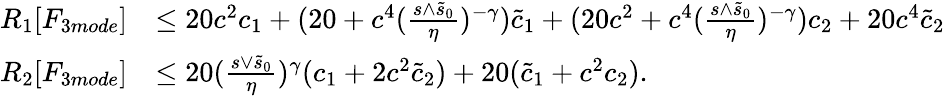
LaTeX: \begin{array}{rl}{R_{1}[F_{3mode}]}&{\le 20c^{2}c_{1}+(20+c^{4}(\frac{s\wedge\tilde{s}_{0}}\eta)^{-\gamma})\tilde{c}_{1}+(20c^{2}+c^{4}(\frac{s\wedge\tilde{s}_{0}}\eta)^{-\gamma})c_{2}+20c^{4}\tilde{c}_{2}}\\ {R_{2}[F_{3mode}]}&{\le 20(\frac{s\vee\tilde{s}_{0}}\eta)^{\gamma}(c_{1}+2c^{2}\tilde{c}_{2})+20(\tilde{c}_{1}+c^{2}c_{2}).}\end{array}